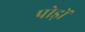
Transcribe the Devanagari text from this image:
पोड़ों